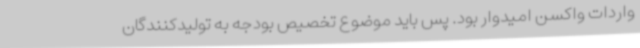
واردات واکسن امیدوار بود. پس باید موضوع تخصیص بودجه به تولیدکنندگان